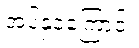
အပ်နှံခဲ့ကြောင်း